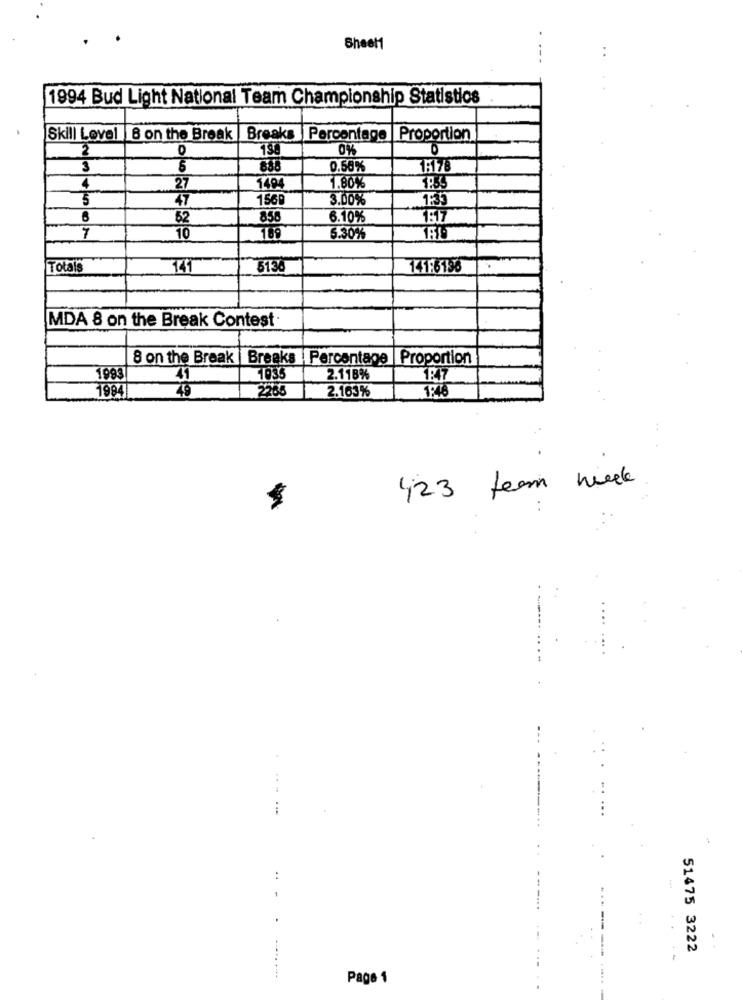
Sheet1
--
1994 Bud Light National Team Championship Statistics
Skill Level |8 on the Break |Breaks | Percentage Proportion
2
0
0%
3
5
888
0.56%
1617/8
4
27
1494
1.80%
5
47
156₽
3.00%
1:33
52
858
6.10%
7
10
169
5.30%
Totals
3130
145-6198
MDA 8 on the Break Contest
8 on the Break |Breaks | Percentage | Proportion
1993
41
1035
2.118%
1:47
1994
2265
2.163%
1:18
49
423 team week
51475 3222
Page 1